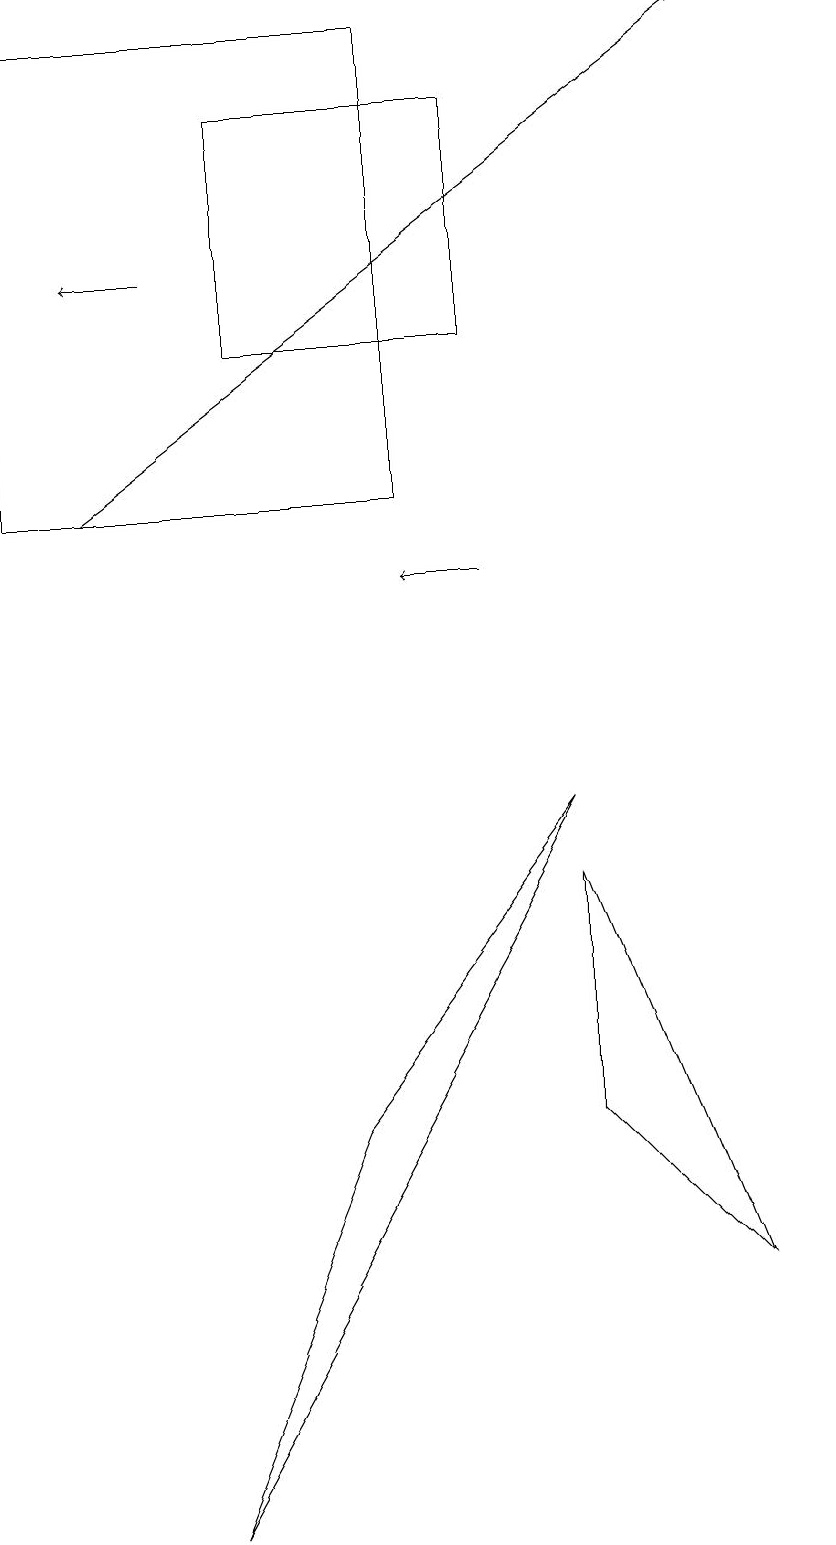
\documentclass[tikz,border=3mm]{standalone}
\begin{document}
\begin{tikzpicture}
\draw (7,8) -- (7,5) -- (9,3) -- cycle;
\draw[->] (2,16) -- (1,16);
\draw (6,15) rectangle (3,18);
\draw (2,0) -- (7,9) -- (4,5) -- cycle;
\draw[->] (1,13) -- (9,19);
\draw (10,12) circle (0);
\draw (5,13) rectangle (0,19);
\draw[->] (6,12) -- (5,12);
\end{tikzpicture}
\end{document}